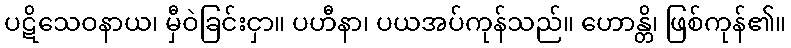
ပဋိသေဝနာယ၊ မှီဝဲခြင်းငှာ။ ပဟီနာ၊ ပယအပ်ကုန်သည်။ ဟောန္တိ၊ ဖြစ်ကုန်၏။